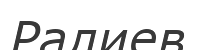
Ралиев